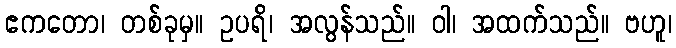
ဧကတော၊ တစ်ခုမှ။ ဥပရိ၊ အလွန်သည်။ ဝါ၊ အထက်သည်။ ဗဟူ၊